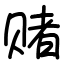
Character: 赌